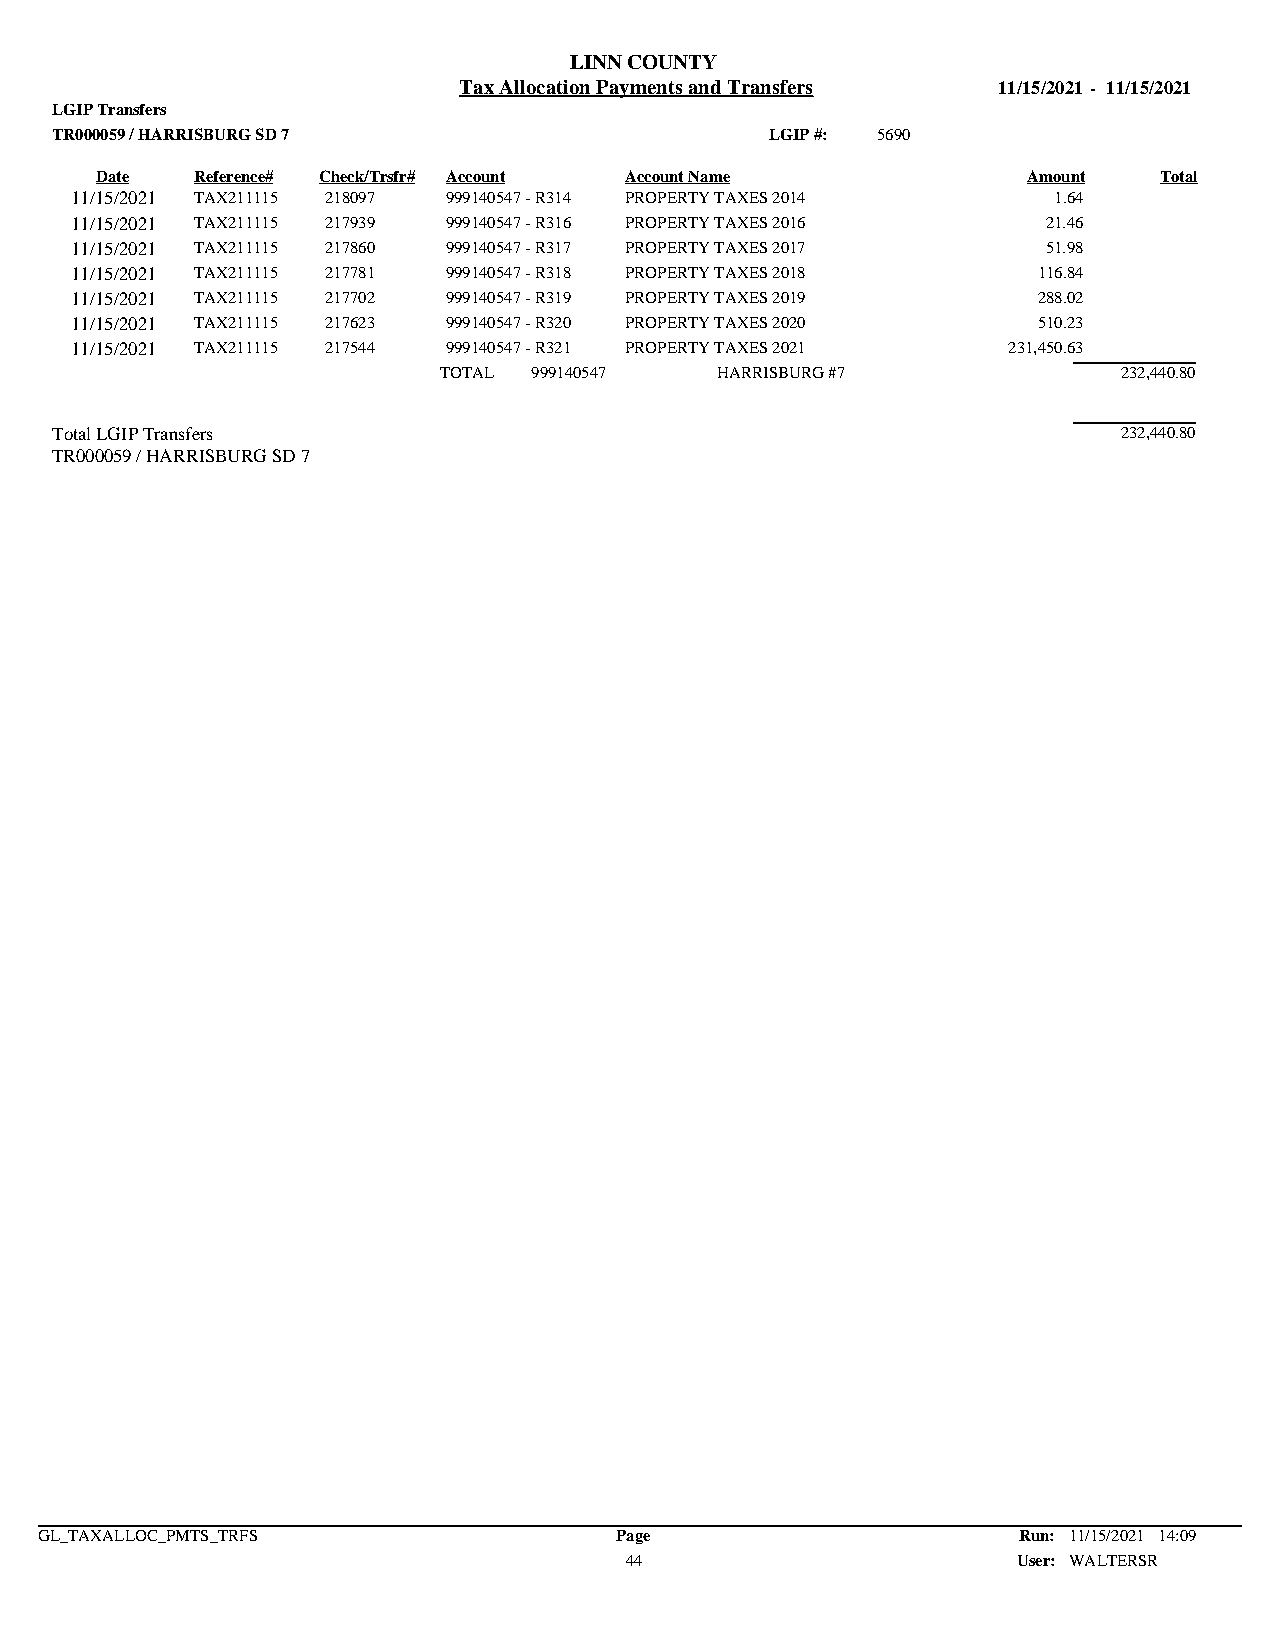
LINN COUNTY
 Tax Allocation Payments and Transfers 11/15/2021 - 11/15/2021
 LGIP Transfers
 TR000059 / HARRISBURG SD 7                      LGIP #: 5690
 Date   Reference# Check/Trsfr# Account Account Name           Amount   Total
 11/15/2021 TAX211115 218097 999140547 - R314 PROPERTY TAXES 2014 1.64
 11/15/2021 TAX211115 217939 999140547 - R316 PROPERTY TAXES 2016 21.46
 11/15/2021 TAX211115 217860 999140547 - R317 PROPERTY TAXES 2017 51.98
 11/15/2021 TAX211115 217781 999140547 - R318 PROPERTY TAXES 2018 116.84
 11/15/2021 TAX211115 217702 999140547 - R319 PROPERTY TAXES 2019 288.02
 11/15/2021 TAX211115 217623 999140547 - R320 PROPERTY TAXES 2020 510.23
 11/15/2021 TAX211115 217544 999140547 - R321 PROPERTY TAXES 2021 231,450.63
 TOTAL 999140547   HARRISBURG #7              232,440.80
 Total LGIP Transfers                                                   232,440.80
 TR000059 / HARRISBURG SD 7
 GL_TAXALLOC_PMTS_TRFS                  Page                      Run: 11/15/2021 14:09
 44                        User: WALTERSR